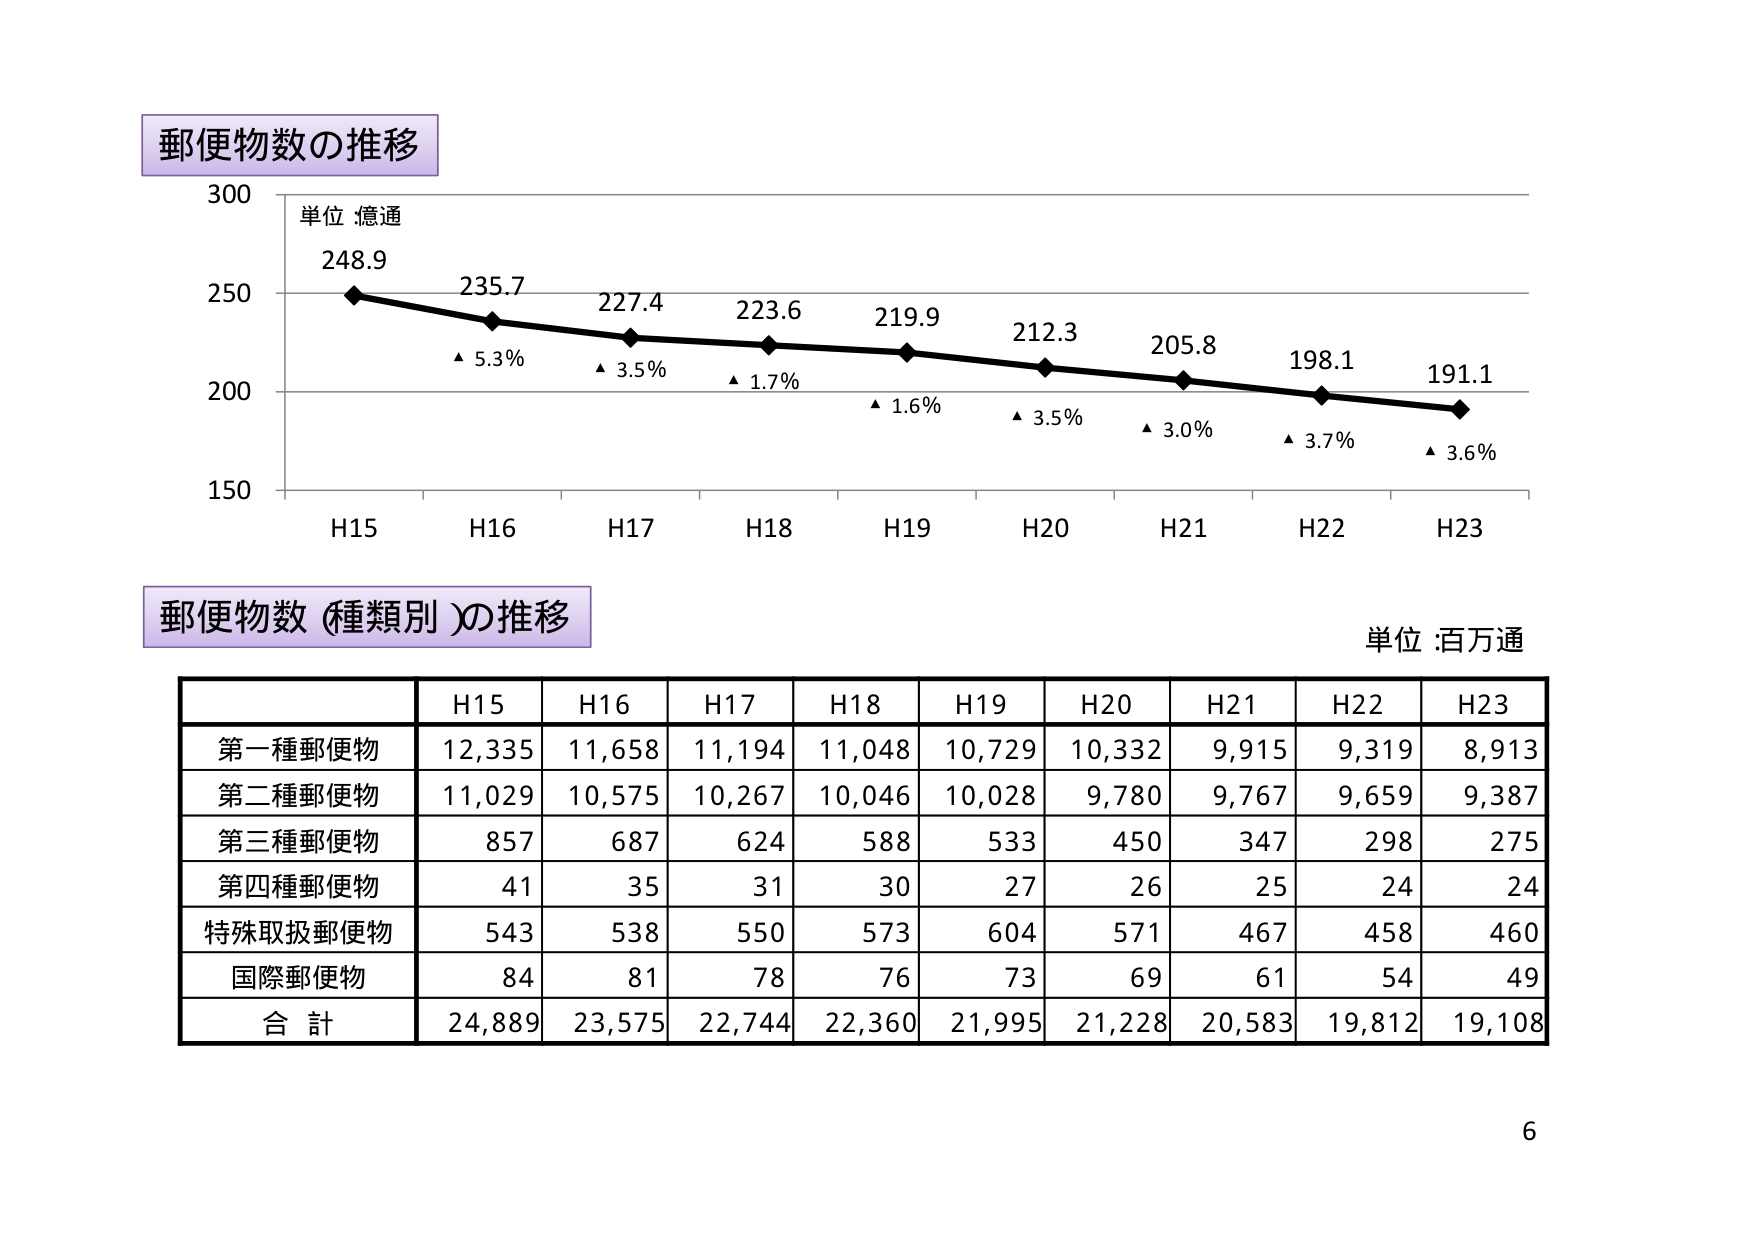
郵便物数の推移
単位：億通
248.9
235.7
227.4
223.6
219.9
212.3
205.8
198.1
191.1
▲ 5.3%
▲ 3.5%
▲ 1.7%
▲ 1.6%
▲ 3.5%
▲ 3.0%
▲ 3.7%
▲ 3.6%
H15
H16
H17
H18
H19
H20
H21
H22
H23
郵便物数（種類別）の推移
単位：百万通
H15
H16
H17
H18
H19
H20
H21
H22
H23
第一種郵便物
12,335
11,658
11,194
11,048
10,729
10,332
9,915
9,319
8,913
第二種郵便物
11,029
10,575
10,267
10,046
10,028
9,780
9,767
9,659
9,387
第三種郵便物
857
687
624
588
533
450
347
298
275
第四種郵便物
41
35
31
30
27
26
25
24
24
特殊取扱郵便物
543
538
550
573
604
571
467
458
460
国際郵便物
84
81
78
76
73
69
61
54
49
合計
24,889
23,575
22,744
22,360
21,995
21,228
20,583
19,812
19,108
6